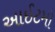
આઈટમો